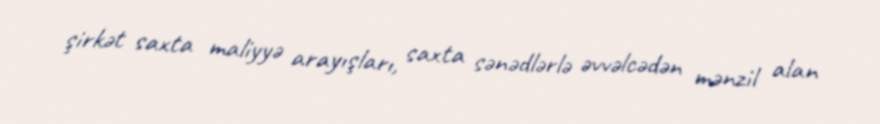
şirkət saxta maliyyə arayışları, saxta sənədlərlə əvvəlcədən mənzil alan